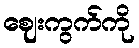
ဈေးကွက်ကို